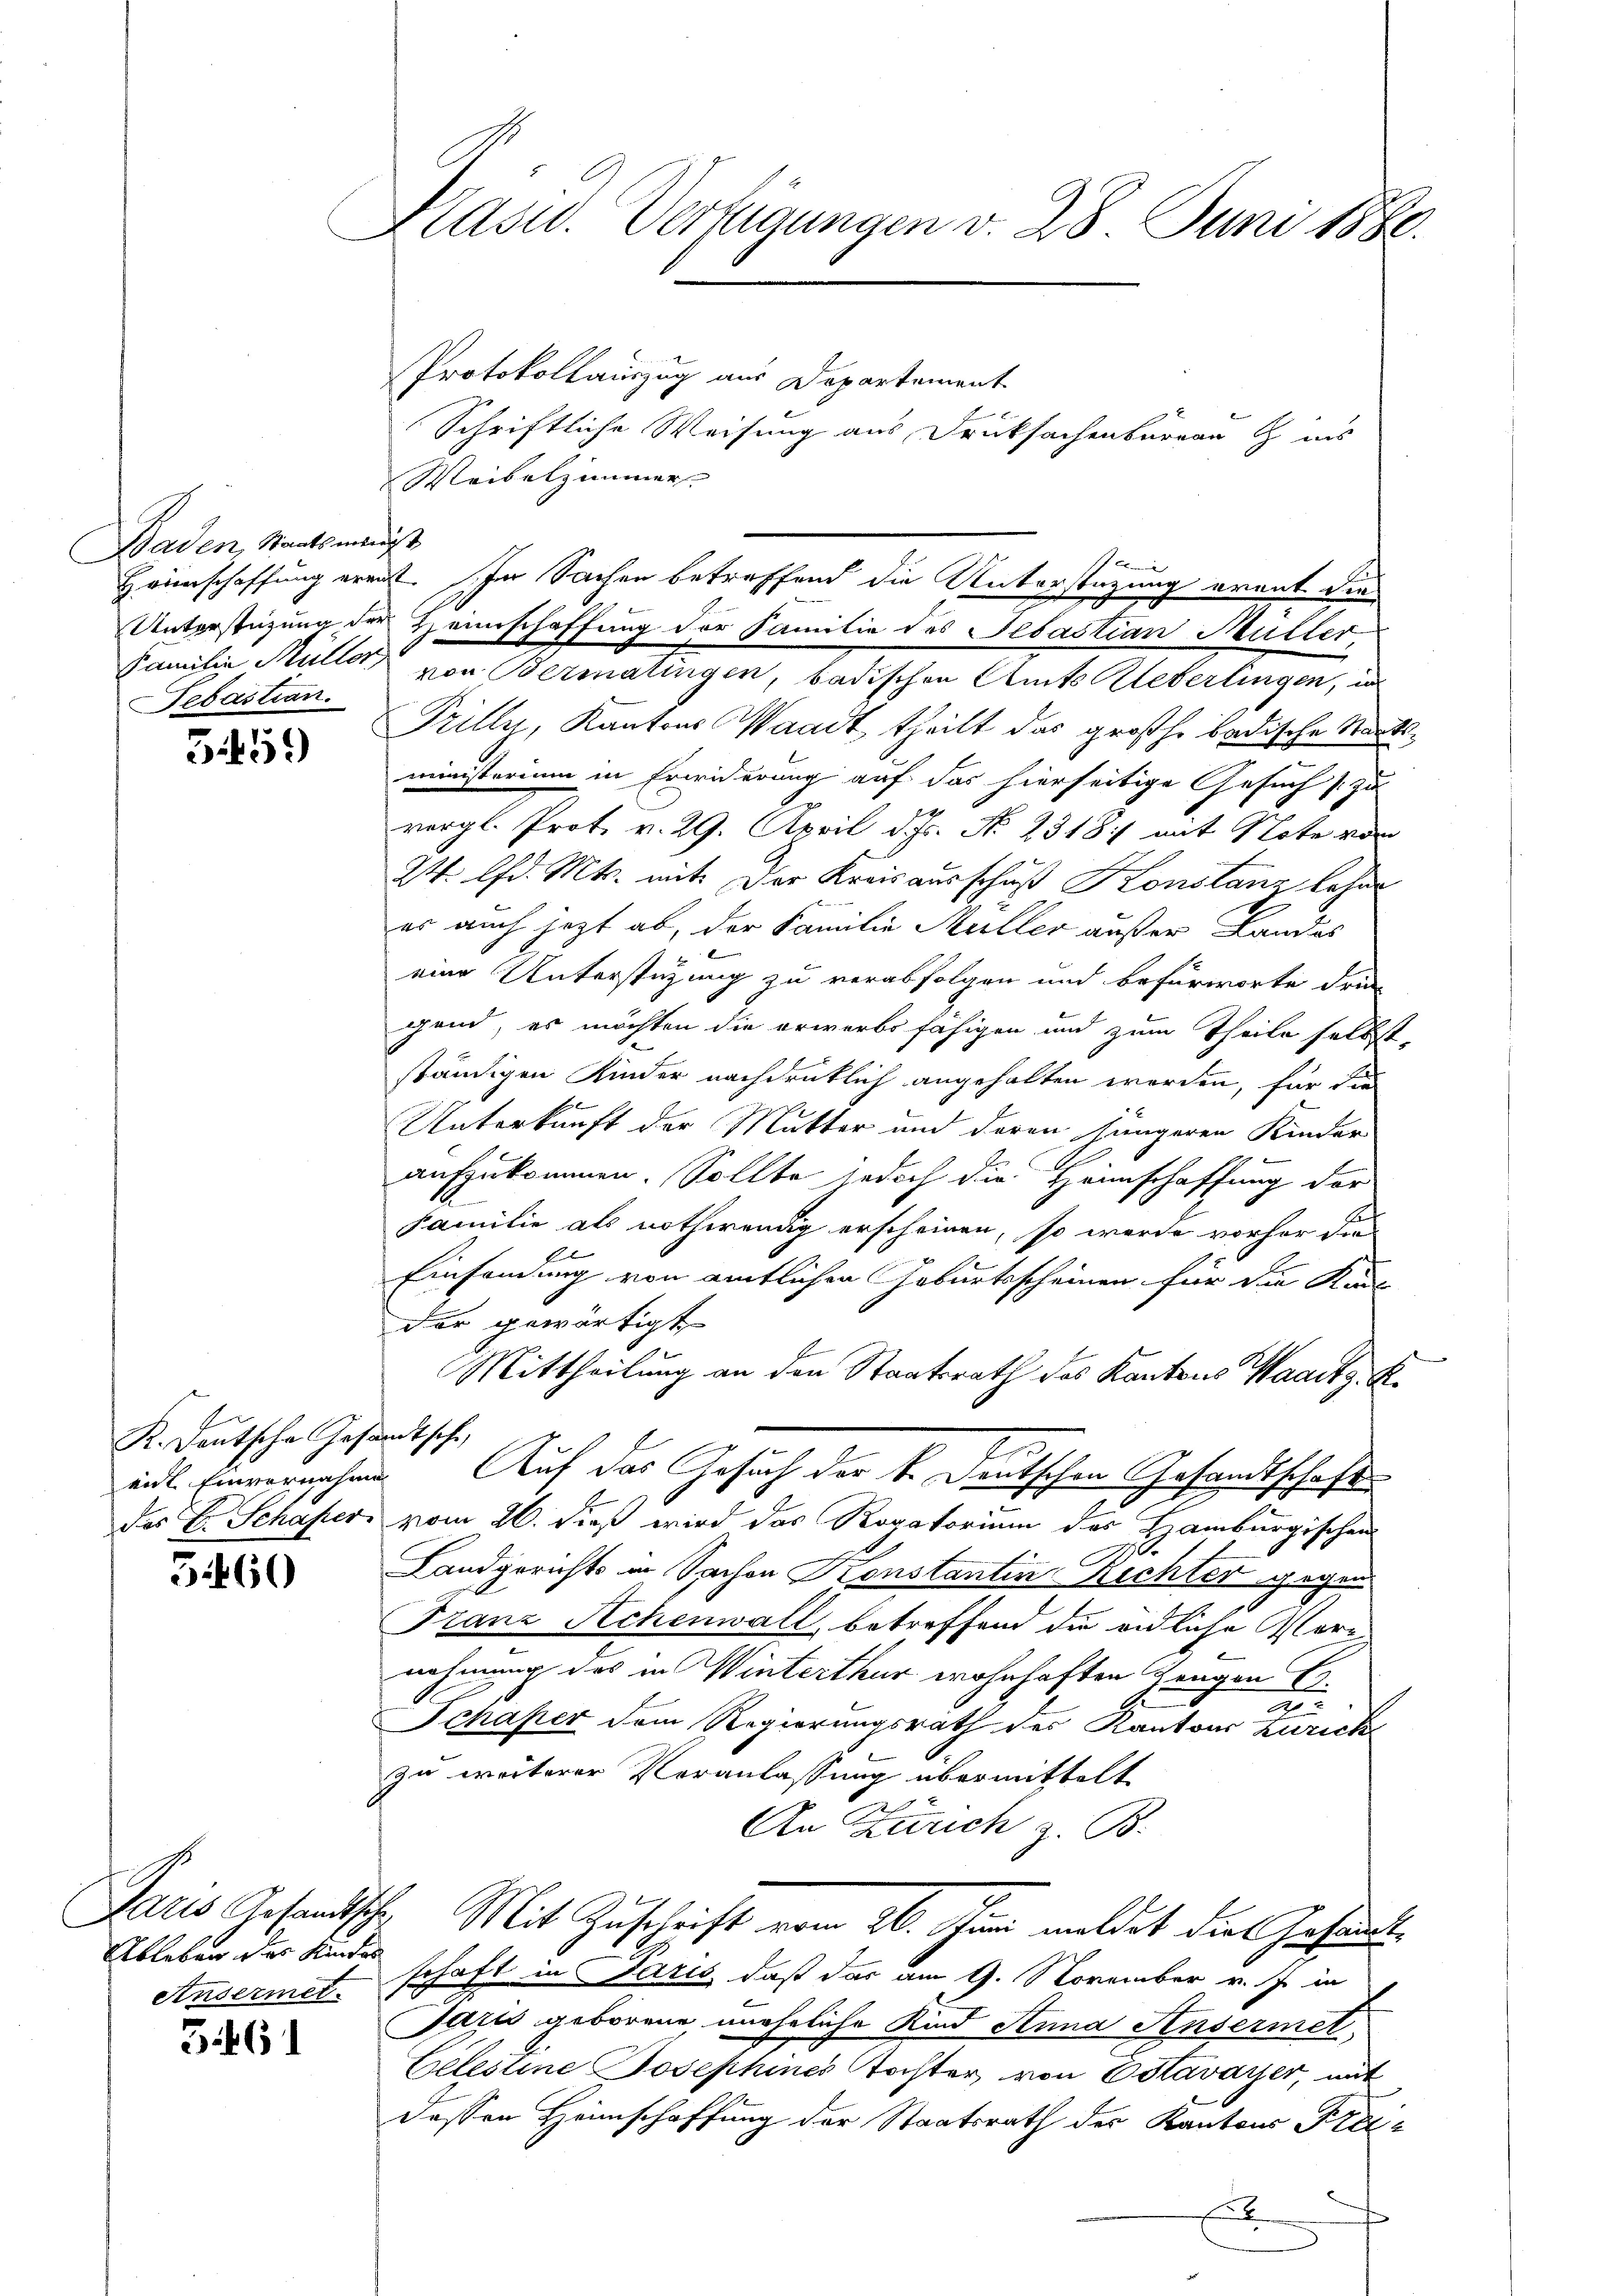
Baden, Staatsminist
Febastian.

5459)

K. Deutsche Gesandtsche
mit Einvernahme

5460

Ansermet.

3.461

Präsid. Verfügungen v. 28 Juni 1886.

Protokollauszug aus Departement
Schriftliche Weisung aus Druksachenbureau ins
Weibelzimmer |
Hrinschaffung ereit. In Sachen betreffend die Unterstüzung arent die
Eamilie Müller von Bermatingen, badischen Amts Ueberlingen, un
Prilly, Kantons Waadt, theilt das großhe badische Staatsministerium in Erwiderung auf das hierseitige Gesuch zu
vergl. Prot. v. 29. April d. Js. N. 2318. mit Note von
24. d. Mts. mit der Kreisausschuß Konstanz lehne
es auch jezt ab, der Familie Müller außer Landos
eine Unterstüzung zu verabfolgen und befürworte drin
gend, es möchten die erwerbs fähigen und zum Theile selbst,
ständigen Kinder nachdrüklich angehalten worden, für die
Unterkunft der Mutter und deren jüngeren Kinder
aufzukommen. Sollte jedoch die Hannschaffung der
Familie als nothwendig erscheinen, so werde vorher die
Einsendung von amtlichen Geburtsscheinen für die Kan-
dar gewärtigt
Mittheilung an den Staatsrath des Kantons Waadt z. B.
Auf das Gesuch der k. Deutschen Gesandtschaft
des E. Schafer vom 26. dieß wird das Rogatorium des Hamburgischens
Landgerichts in Sachen Konstantin Rechter gegen
Franz Achenwall, betreffend die eidliche Vernehmung des in Winterthur wohnhaften Zeugen E.
t
Schaper dem Regierungsrath der Kantons Zürich
zu wörterer Veranlassung übermittelt
An Zürich z. B.
Paris Gesandtsche Mit Zuschrift vom 26. Juni meldet dies Gesandt¬
Ableben des Kinde schaft in Paris, daß das am 9. November v. J. in
Jaris geborene, uneheliche Kind Anna Ansermet
Celestine Josephines Tochter von Estavayer, mit
dessen Heimschaffung der Staatsrath der Kantons Frei¬
E

Unterstüzung der Heimschaffung der Familie des Sebastian Müller